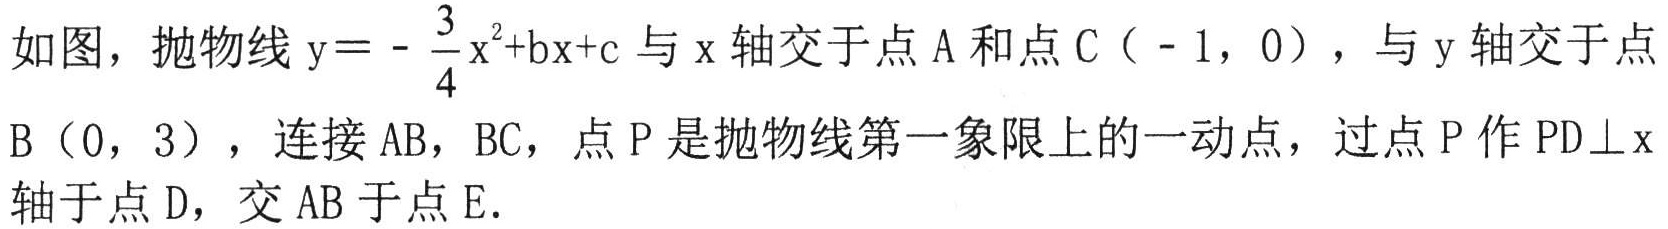
如图，抛物线\(y = - \frac{3}{4}x^{2}+bx + c\)与\(x\)轴交于点\(A\)和点\(C（ - 1，0）\)，与\(y\)轴交于点\(B（0，3）\)，连接\(AB\)，\(BC\)，点\(P\)是抛物线第一象限上的一动点，过点\(P\)作\(PD\perp x\)轴于点\(D\)，交\(AB\)于点\(E\)．